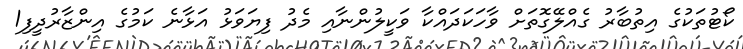
ކޯޓުތަކުގެ އިތުބާރު ގެއްލޭގޮތަށް ވާހަކަދައްކާ ވަކީލުންނާއި މެދު ފިޔަވަޅު އަޅާނެ ކަމުގެ އިންޒާރުދީފި1